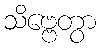
သိဗ္ဗေတွာ